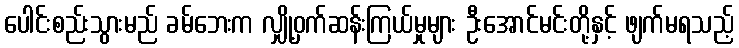
ပေါင်းစည်းသွားမည် ခမ်ဘေးက လျှို့ဝှက်ဆန်းကြယ်မှုများ ဦးအောင်မင်းတို့နှင့် ဖျက်မရသည့်